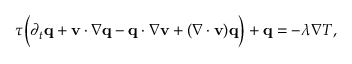
\begin{array} { r } { \tau \Big ( \partial _ { t } \mathbf q + \mathbf v \cdot \nabla \mathbf q - \mathbf q \cdot \nabla \mathbf v + ( \nabla \cdot \mathbf v ) \mathbf q \Big ) + \mathbf q = - \lambda \nabla T , } \end{array}